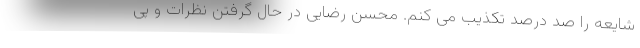
شایعه را صد درصد تکذیب می کنم. محسن رضایی در حال گرفتن نظرات و پی